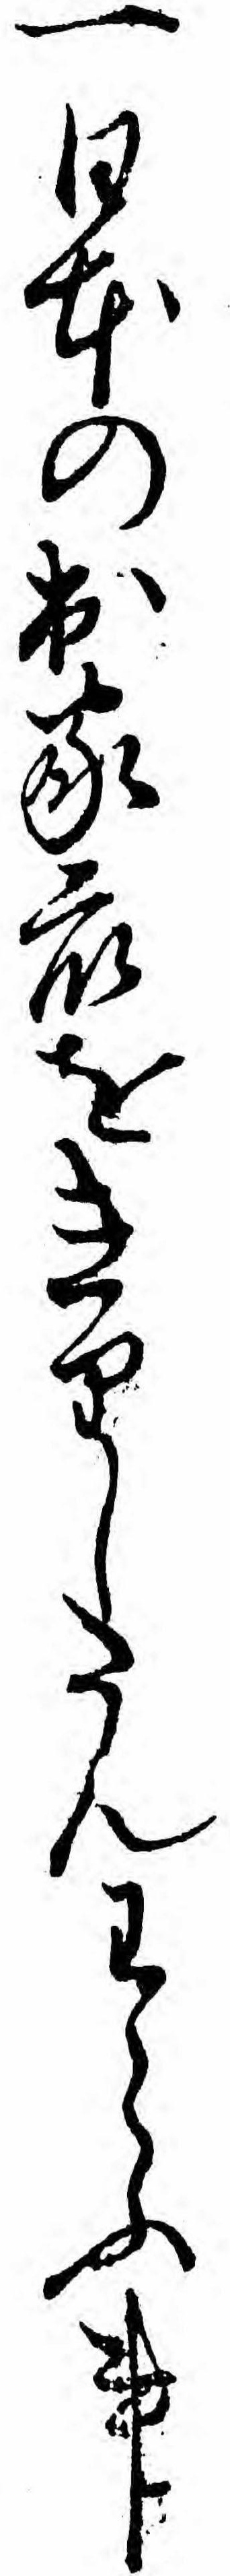
一日本の出家衆をきりしたんわらふ事